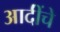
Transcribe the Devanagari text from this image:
आदींंचे